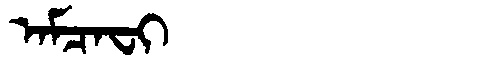
Manchu: ᠠᠮᠴᠠᠸᡳ
Romanization: AMCAFI